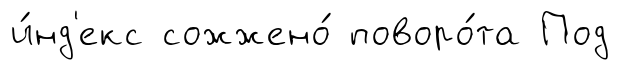
и́нд'екс сожжено́ поворо́та Под